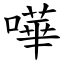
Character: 嘩